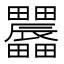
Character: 𤴌